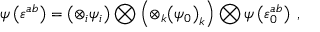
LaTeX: \psi \left( \varepsilon ^ { a b } \right) = \left( \otimes _ { i } \psi _ { i } \right) \bigotimes \left( \otimes _ { k } { \left( \psi _ { 0 } \right) } _ { k } \right) \bigotimes \psi \left( \varepsilon _ { 0 } ^ { a b } \right) \; ,